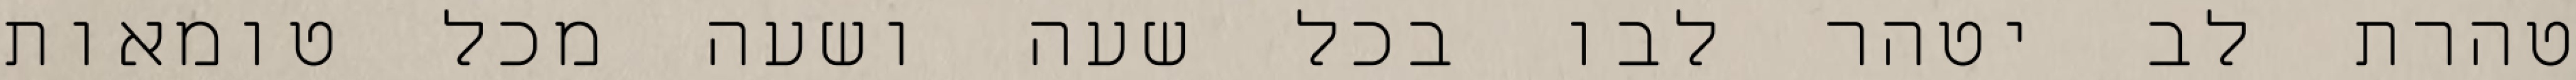
טהרת לב יטהר לבו בכל שעה ושעה מכל טומאות